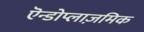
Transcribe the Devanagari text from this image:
एॆन्डोप्लाज़मिक